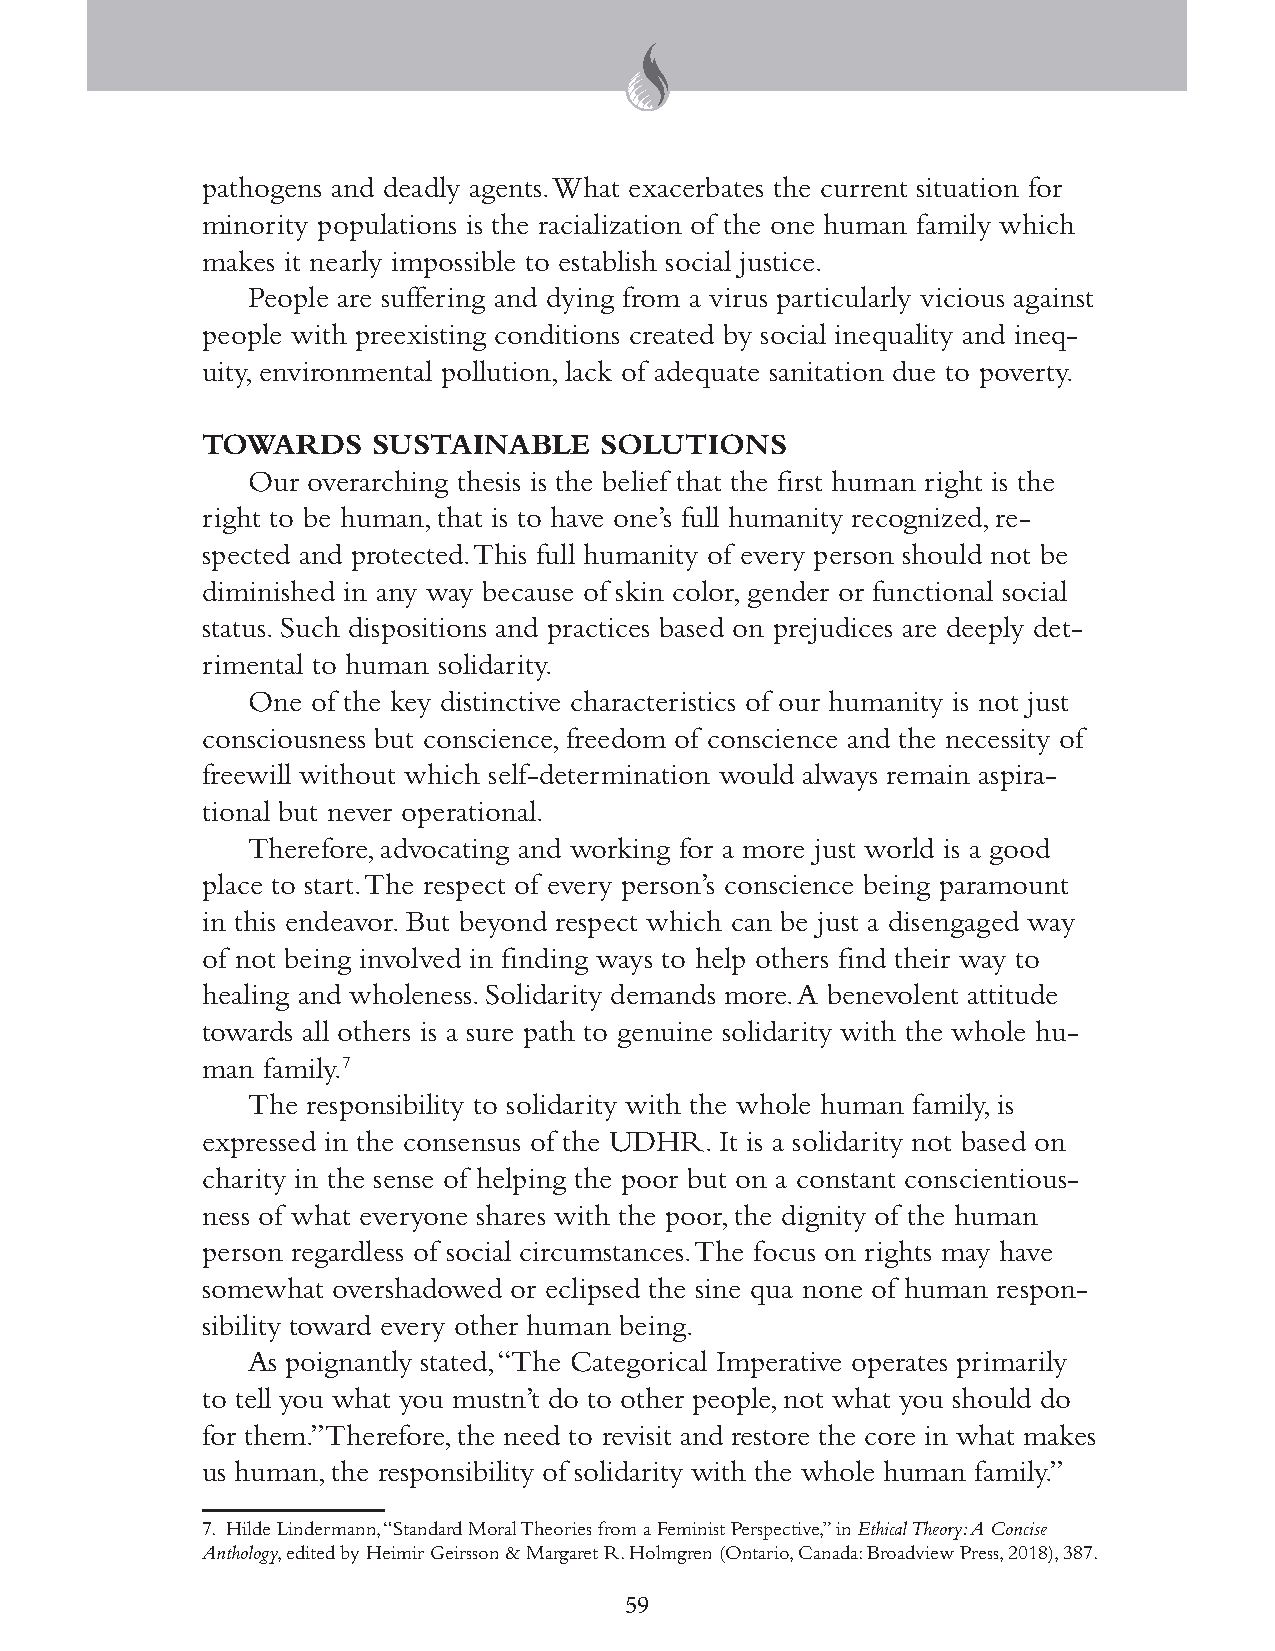
pathogens and deadly agents. What exacerbates the current situation for
 minority populations is the racialization of the one human family which
 makes it nearly impossible to establish social justice.
 People are suffering and dying from a virus particularly vicious against
 people with preexisting conditions created by social inequality and ineq-
 uity, environmental pollution, lack of adequate sanitation due to poverty.
 TOWARDS     SUSTAINABLE    SOLUTIONS
 Our overarching thesis is the belief that the first human right is the
 right to be human, that is to have one’s full humanity recognized, re-
 spected and protected. This full humanity of every person should not be
 diminished in any way because of skin color, gender or functional social
 status. Such dispositions and practices based on prejudices are deeply det-
 rimental to human solidarity.
 One  of the key distinctive characteristics of our humanity is not just
 consciousness but conscience, freedom of conscience and the necessity of
 freewill without which self-determination would always remain aspira-
 tional but never operational.
 Therefore, advocating and working for a more just world is a good
 place to start. The respect of every person’s conscience being paramount
 in this endeavor. But beyond respect which can be just a disengaged way
 of not being involved in finding ways to help others find their way to
 healing and wholeness. Solidarity demands more. A benevolent attitude
 towards all others is a sure path to genuine solidarity with the whole hu-
 man family.7
 The responsibility to solidarity with the whole human family, is
 expressed in the consensus of the UDHR. It is a solidarity not based on
 charity in the sense of helping the poor but on a constant conscientious-
 ness of what everyone shares with the poor, the dignity of the human
 person regardless of social circumstances. The focus on rights may have
 somewhat overshadowed or eclipsed the sine qua none of human respon-
 sibility toward every other human being.
 As poignantly stated, “The Categorical Imperative operates primarily
 to tell you what you mustn’t do to other people, not what you should do
 for them.” Therefore, the need to revisit and restore the core in what makes
 us human, the responsibility of solidarity with the whole human family.”
 7. Hilde Lindermann, “Standard Moral Theories from a Feminist Perspective,” in Ethical Theory: A Concise
 Anthology, edited by Heimir Geirsson & Margaret R. Holmgren (Ontario, Canada: Broadview Press, 2018), 387.
 59